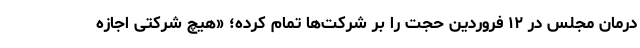
درمان مجلس در ۱۲ فروردین حجت را بر شرکت‌ها تمام کرده؛ «هیچ شرکتی اجازه